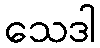
သေဒါ